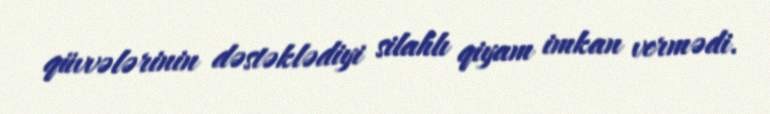
qüvvələrinin dəstəklədiyi silahlı qiyam imkan vermədi.